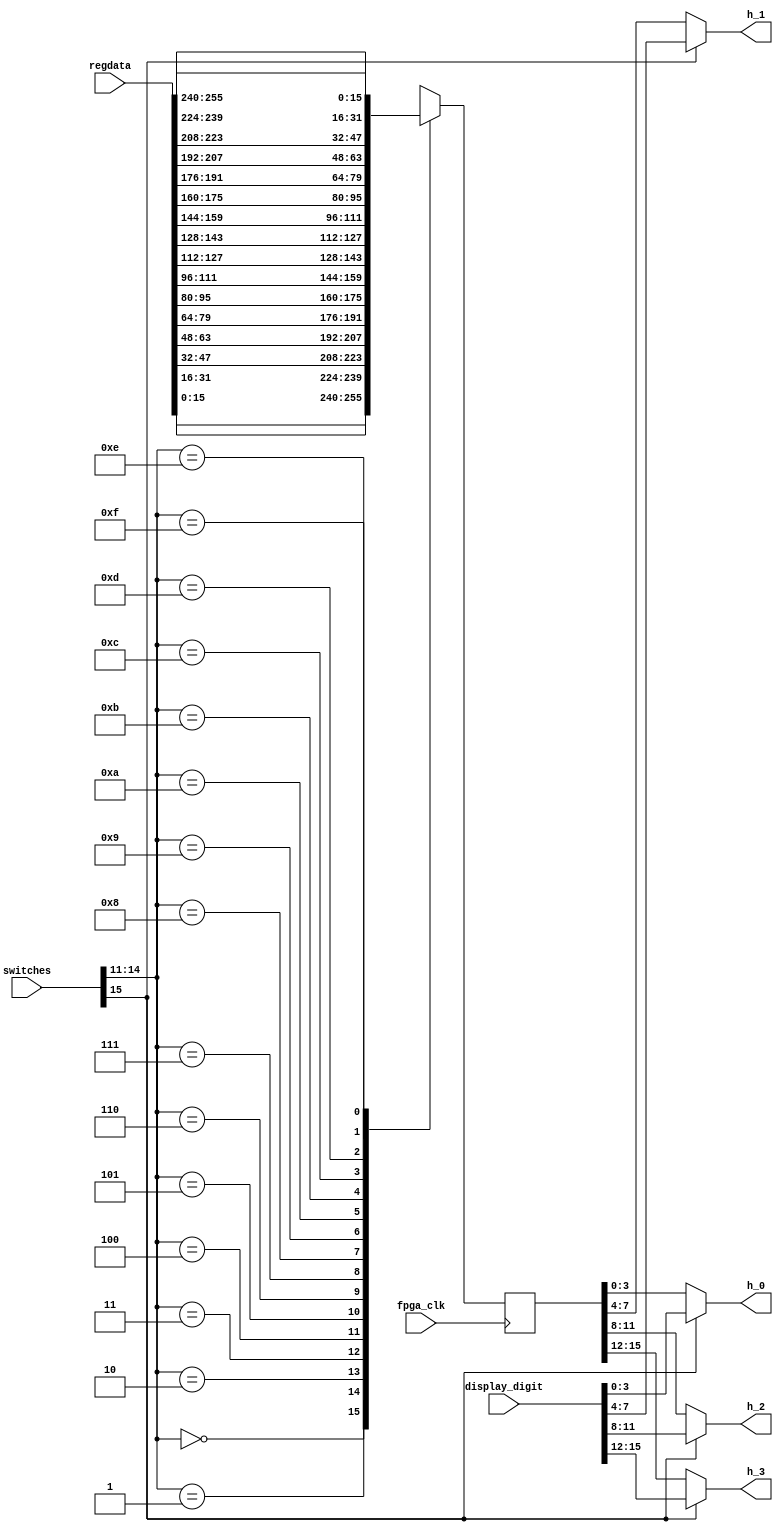
module L4_DD_frontend(
	input fpga_clk,
	input [15:0] switches,
	input [15:0] display_digit,
	input [255:0] regdata,
	output [3:0] h_0,
	output [3:0] h_1,
	output [3:0] h_2,
	output [3:0] h_3
);
					  
	//using 5 switches. 
	//switch 15 is like a display select. if its high, display the display_digit
	//if its low, switches 14:11 select which reg addr to display from				 
	wire [3:0] addrcontrol;
	assign addrcontrol = switches[14:11]; 
	
	wire select;
	assign select = switches[15];
	
	reg [15:0] data;
	always@(posedge fpga_clk)
	begin
		
		case(addrcontrol)
			4'd0:  data = regdata[15:0];
			4'd1:  data = regdata[31:16];
			4'd2:  data = regdata[47:32];
			4'd3:  data = regdata[63:48];
			4'd4:  data = regdata[79:64];
			4'd5:  data = regdata[95:80];
			4'd6:  data = regdata[111:96];
			4'd7:  data = regdata[127:112];
			4'd8:  data = regdata[143:128];
			4'd9:  data = regdata[159:144];
			4'd10: data = regdata[175:160];
			4'd11: data = regdata[191:176];
			4'd12: data = regdata[207:192];
			4'd13: data = regdata[223:208];
			4'd14: data = regdata[239:224];
			4'd15: data = regdata[255:240];
		endcase
		
	end
	
	//select == 1 -> want dd
	assign h_0 = select ? display_digit[3:0]   : data[3:0];
	assign h_1 = select ? display_digit[7:4]   : data[7:4];
	assign h_2 = select ? display_digit[11:8]  : data[11:8];
	assign h_3 = select ? display_digit[15:12] : data[15:12];
	
endmodule

/*
assuming regdata is exported like so:

assign regdata = {datastorage[15],
				  datastorage[14],
				  datastorage[13],
				  datastorage[12],
				  datastorage[11],
				  datastorage[10],
				  datastorage[9],
				  datastorage[8],
				  datastorage[7],
				  datastorage[6],
				  datastorage[5],
				  datastorage[4],
				  datastorage[3],
				  datastorage[2],
				  datastorage[1],
				  datastorage[0]};
*/